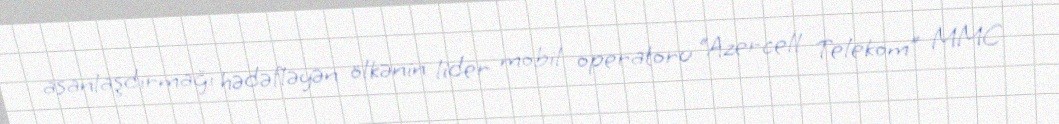
asanlaşdırmağı hədəfləyən ölkənin lider mobil operatoru “Azercell Telekom” MMC